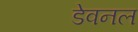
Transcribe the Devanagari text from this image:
डेवनल